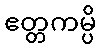
ဧတ္တကမ္ပိ